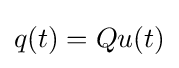
q(t)=Qu(t)